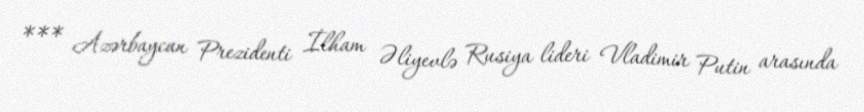
*** Azərbaycan Prezidenti İlham Əliyevlə Rusiya lideri Vladimir Putin arasında